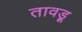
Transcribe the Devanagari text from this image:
तावड़ू